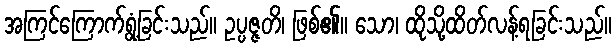
အကြင်ကြောက်ရွံ့ခြင်းသည်။ ဥပ္ပဇ္ဇတိ၊ ဖြစ်၏။ သော၊ ထိုသို့ထိတ်လန့်ရခြင်းသည်။